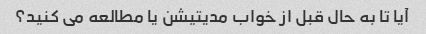
آیا تا به حال قبل از خواب مدیتیشن یا مطالعه می کنید؟